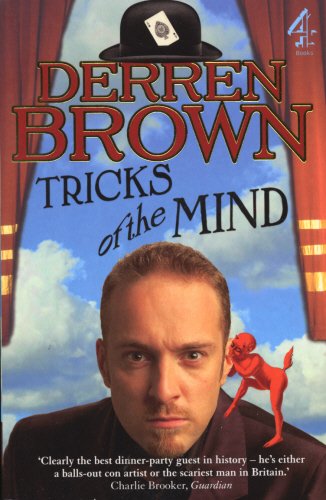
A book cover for Tricks of the Mind [Paperback]; DERREN BROWN; Humor & Entertainment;